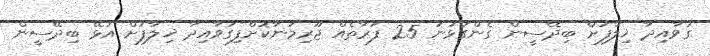
ގަވާއިދާ ޚިލާފަށް ބިދޭސީން ގެންގުޅުނު 25 ފަރާތެއް ޖޫރިމަނާކޮށްފިގަވާއިދާ ޚިލާފަށް އުޅޭ ބިދޭސީން